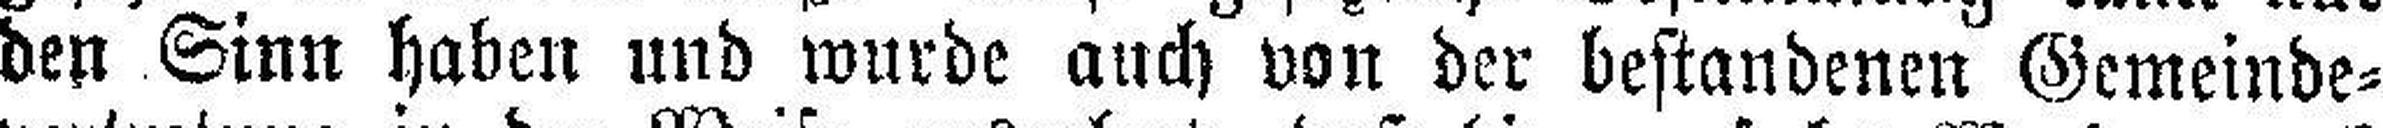
den Sinn haben und wurde auch von der bestandenen Gemeinde¬